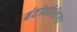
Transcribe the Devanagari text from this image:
इंदोनीशिया